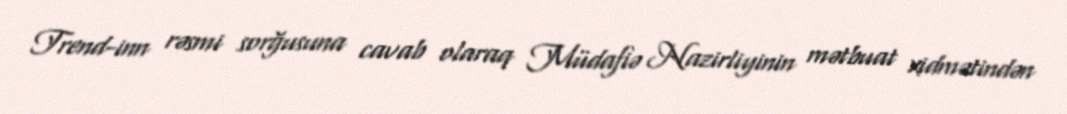
Trend-inn rəsmi sorğusuna cavab olaraq Müdafiə Nazirliyinin mətbuat xidmətindən